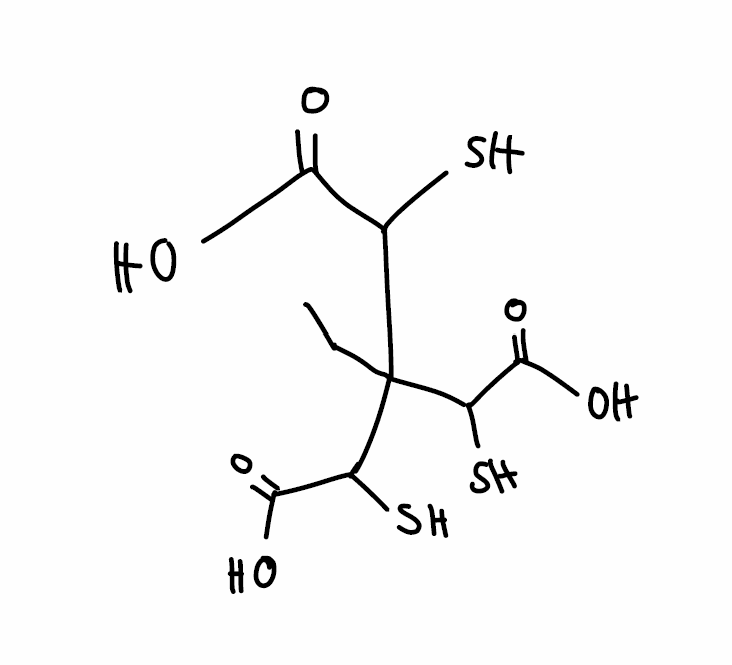
Simplified molecular-input line-entry system (SMILES) notation of the given molecule:
CCC(C(C(=O)O)S)(C(C(=O)O)S)C(C(=O)O)S